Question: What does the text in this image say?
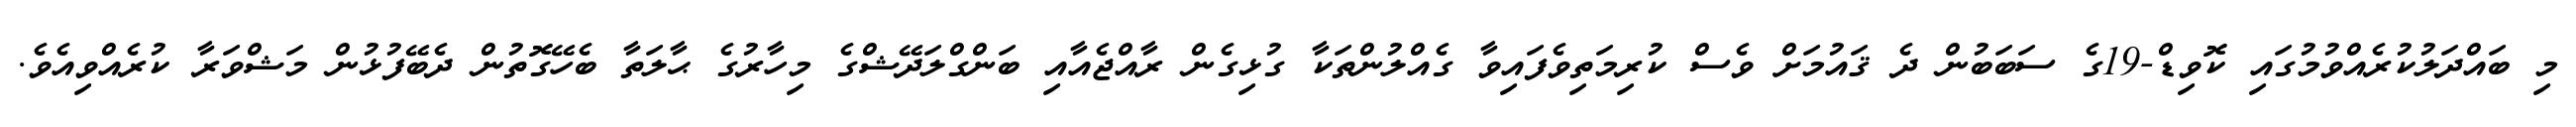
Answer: މި ބައްދަލުކުރެއްވުމުގައި ކޮވިޑް-19ގެ ސަބަބުން ދެ ޤައުމަށް ވެސް ކުރިމަތިވެފައިވާ ގެއްލުންތަކާ ގުޅިގެން ރާއްޖެއާއި ބަންގްލަދޭޝްގެ މިހާރުގެ ޙާލަތާ ބެހޭގޮތުން ދެބޭފުޅުން މަޝްވަރާ ކުރެއްވިއެވެ.